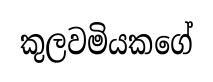
කුලවමියකගේ